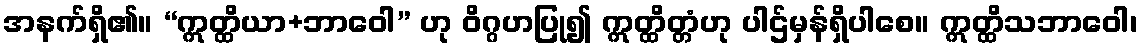
အနက်ရှိ၏။ “ဣတ္ထိယာ+ဘာဝေါ” ဟု ဝိဂ္ဂဟပြု၍ ဣတ္ထိတ္တံဟု ပါဌ်မှန်ရှိပါစေ။ ဣတ္ထိသဘာဝေါ၊